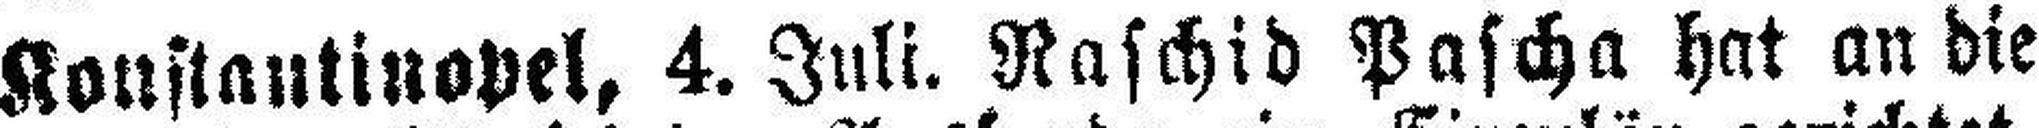
Konstantinopel, 4. Juli. Raschid Pascha hat an die